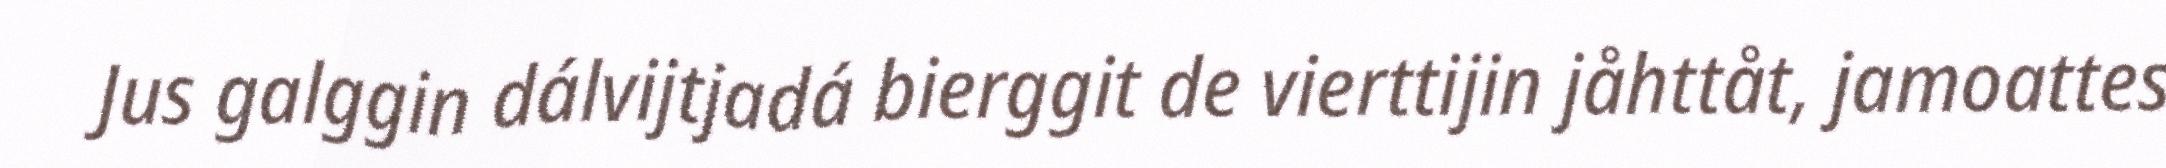
Jus galggin dálvijtjadá bierggit de vierttijin jåhttåt, jamoattes